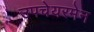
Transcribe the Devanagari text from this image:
उपचेयरमेन